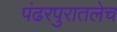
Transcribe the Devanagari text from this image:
पंढरपुरातलेच